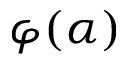
\varphi ( \alpha )